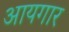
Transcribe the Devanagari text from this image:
आयगार